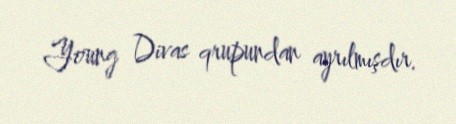
Young Divas qrupundan ayrılmışdır.